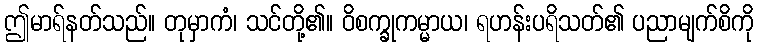
ဤမာရ်နတ်သည်။ တုမှာကံ၊ သင်တို့၏။ ဝိစက္ခုကမ္မာယ၊ ရဟန်းပရိသတ်၏ ပညာမျက်စိကို